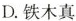
D.铁木真